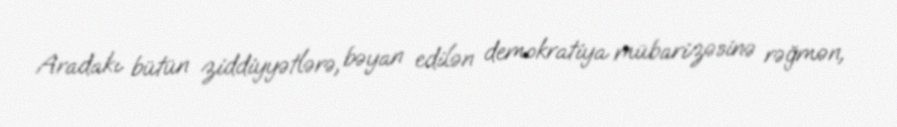
Aradakı bütün ziddiyyətlərə, bəyan edilən demokratiya mübarizəsinə rəğmən,